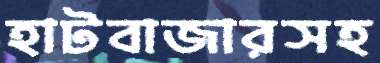
হাটবাজারসহ